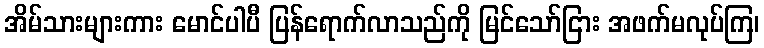
အိမ်သားများကား မောင်ပါပီ ပြန်ရောက်လာသည်ကို မြင်သော်ငြား အဖက်မလုပ်ကြ၊